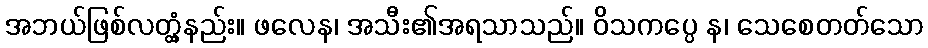
အဘယ်ဖြစ်လတ္တံ့နည်း။ ဖလေန၊ အသီး၏အရသာသည်။ ဝိသကပ္ပေ န၊ သေစေတတ်သော